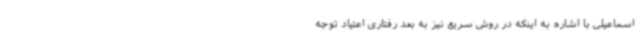
اسماعیلی با اشاره به اینکه در روش سریع نیز به بعد رفتاری اعتیاد توجه